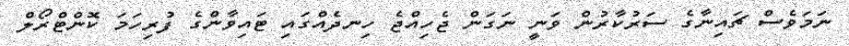
ނަމަވެސް ޗައިނާގެ ސަރުކާރުން ވަނީ ނަގަން ޖެހިއްޖެ ހިނދެއްގައި ޓައިވާންގެ ފުރިހަމަ ކޮންޓްރޯލް